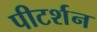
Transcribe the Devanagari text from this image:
पीटर्शन